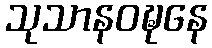
သုသာနဝဍ္ဎနေ